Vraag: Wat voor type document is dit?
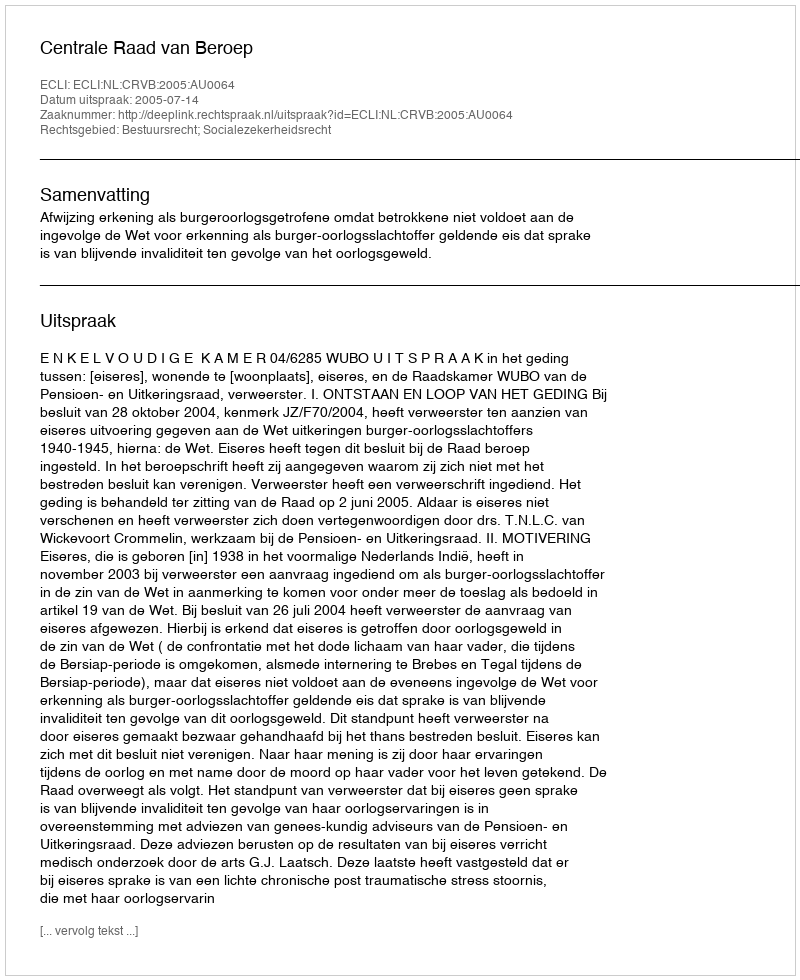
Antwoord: Uitspraak